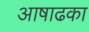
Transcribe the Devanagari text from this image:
आषाढका